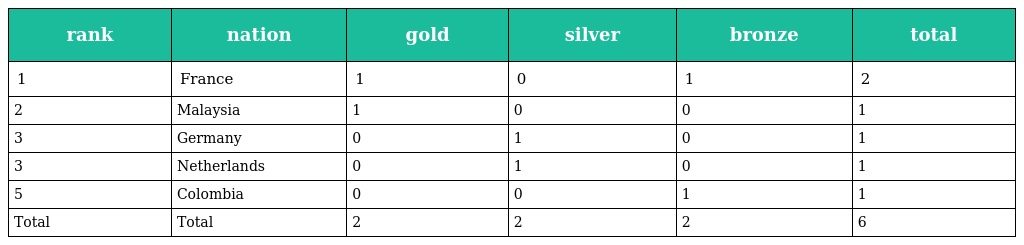
| rank | nation | gold | silver | bronze | total |
 | --- | --- | --- | --- | --- | --- |
 | 1 | France | 1 | 0 | 1 | 2 |
 | 2 | Malaysia | 1 | 0 | 0 | 1 |
 | 3 | Germany | 0 | 1 | 0 | 1 |
 | 3 | Netherlands | 0 | 1 | 0 | 1 |
 | 5 | Colombia | 0 | 0 | 1 | 1 |
 | Total | Total | 2 | 2 | 2 | 6 |